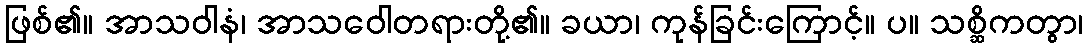
ဖြစ်၏။ အာသဝါနံ၊ အာသဝေါတရားတို့၏။ ခယာ၊ ကုန်ခြင်းကြောင့်။ ပ။ သစ္ဆိကတွာ၊